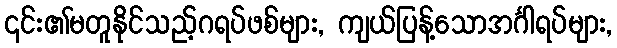
၎င်း၏မတူနိုင်သည့်ဂရပ်ဖစ်များ, ကျယ်ပြန့်သောအင်္ဂါရပ်များ,